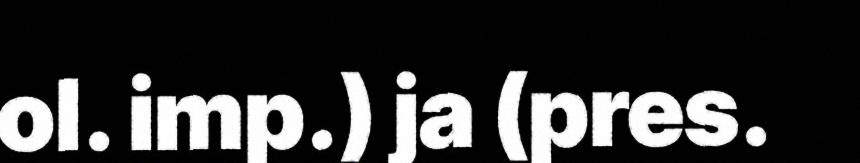
ol. imp.) ja (pres.